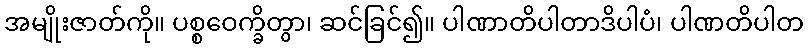
အမျိုးဇာတ်ကို။ ပစ္စဝေက္ခိတွာ၊ ဆင်ခြင်၍။ ပါဏာတိပါတာဒိပါပံ၊ ပါဏတိပါတ